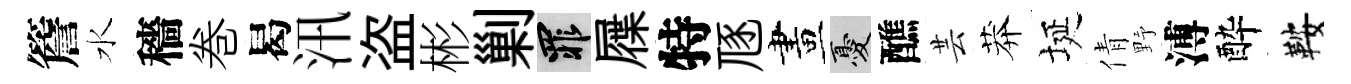
簷水穡巻曷汛盗彬剿罪屧特豗畫憂醮芸莽埏倩野溥酔鞍